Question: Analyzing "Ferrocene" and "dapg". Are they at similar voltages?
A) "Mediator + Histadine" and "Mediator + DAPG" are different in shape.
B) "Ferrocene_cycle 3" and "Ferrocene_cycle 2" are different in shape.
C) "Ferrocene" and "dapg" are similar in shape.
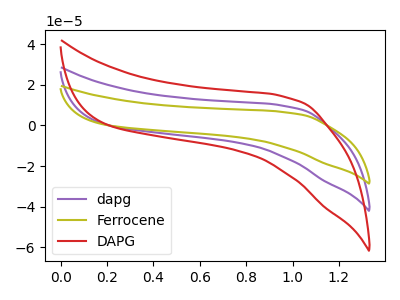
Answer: <think>The purple curve "dapg" has no peaks. The olive curve "Ferrocene" has no peaks. The red curve "DAPG" has no peaks.
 Neither "Ferrocene" or "dapg" have any peaks.</think>
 <answer>C) "Ferrocene" and "dapg" are similar in shape.</answer>
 <eval>C</eval>